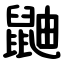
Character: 鼬